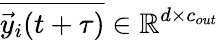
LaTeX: \overline{{\vec{y}_{i}(t+\tau)}}\in\mathbb{R}^{d\times c_{out}}